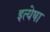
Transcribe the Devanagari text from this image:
इत्येषा